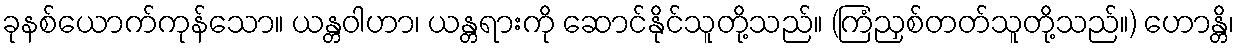
ခုနစ်ယောက်ကုန်သော။ ယန္တဝါဟာ၊ ယန္တရားကို ဆောင်နိုင်သူတို့သည်။ (ကြံညှစ်တတ်သူတို့သည်။) ဟောန္တိ၊